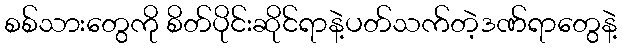
စစ်သားတွေကို စိတ်ပိုင်းဆိုင်ရာနဲ့ပတ်သက်တဲ့ဒဏ်ရာတွေနဲ့